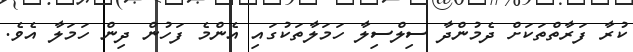
ކުރާ ފަރާތްތަކަށް ދެމުންދާ ސިލްސިލާ ހަމަލާތަކުގައި އެންމެ ފަހުން ދިން ހަމަލާ އެވެ.